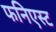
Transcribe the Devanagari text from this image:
फनिएस्ट